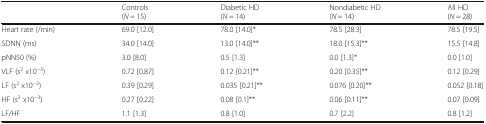
<table><thead><tr><td></td><td><b>Controls (<i>N</i> = 15)</b></td><td><b>Diabetic HD (<i>N</i> = 14)</b></td><td><b>Nondiabetic HD (<i>N</i> = 14)</b></td><td><b>All HD (<i>N</i> = 28)</b></td></tr></thead><tbody><tr><td>Heart rate (/min)</td><td>69.0 [12.0]</td><td>78.0 [14.0]*</td><td>78.5 [28.3]</td><td>78.5 [19.5]</td></tr><tr><td>SDNN (ms)</td><td>34.0 [14.0]</td><td>13.0 [14.0]**</td><td>18.0 [15.3]**</td><td>15.5 [14.8]</td></tr><tr><td>pNN50 (%)</td><td>3.0 [8.0]</td><td>0.5 [1.3]</td><td>0.0 [1.3]*</td><td>0.0 [1.0]</td></tr><tr><td>VLF (s<sup>2</sup> x10<sup>−3</sup>)</td><td>0.72 [0.87]</td><td>0.12 [0.21]**</td><td>0.20 [0.35]**</td><td>0.12 [0.29]</td></tr><tr><td>LF (s<sup>2</sup> x10<sup>−3</sup>)</td><td>0.39 [0.29]</td><td>0.035 [0.21]**</td><td>0.076 [0.20]**</td><td>0.052 [0.18]</td></tr><tr><td>HF (s<sup>2</sup> x10<sup>−3</sup>)</td><td>0.27 [0.22]</td><td>0.08 [0.1]**</td><td>0.06 [0.11]**</td><td>0.07 [0.09]</td></tr><tr><td>LF/HF</td><td>1.1 [1.3]</td><td>0.8 [1.0]</td><td>0.7 [2.2]</td><td>0.8 [1.2]</td></tr></tbody></table>